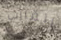
القارب